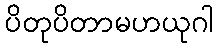
ပိတုပိတာမဟယုဂါ